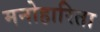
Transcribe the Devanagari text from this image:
मनोहारिता